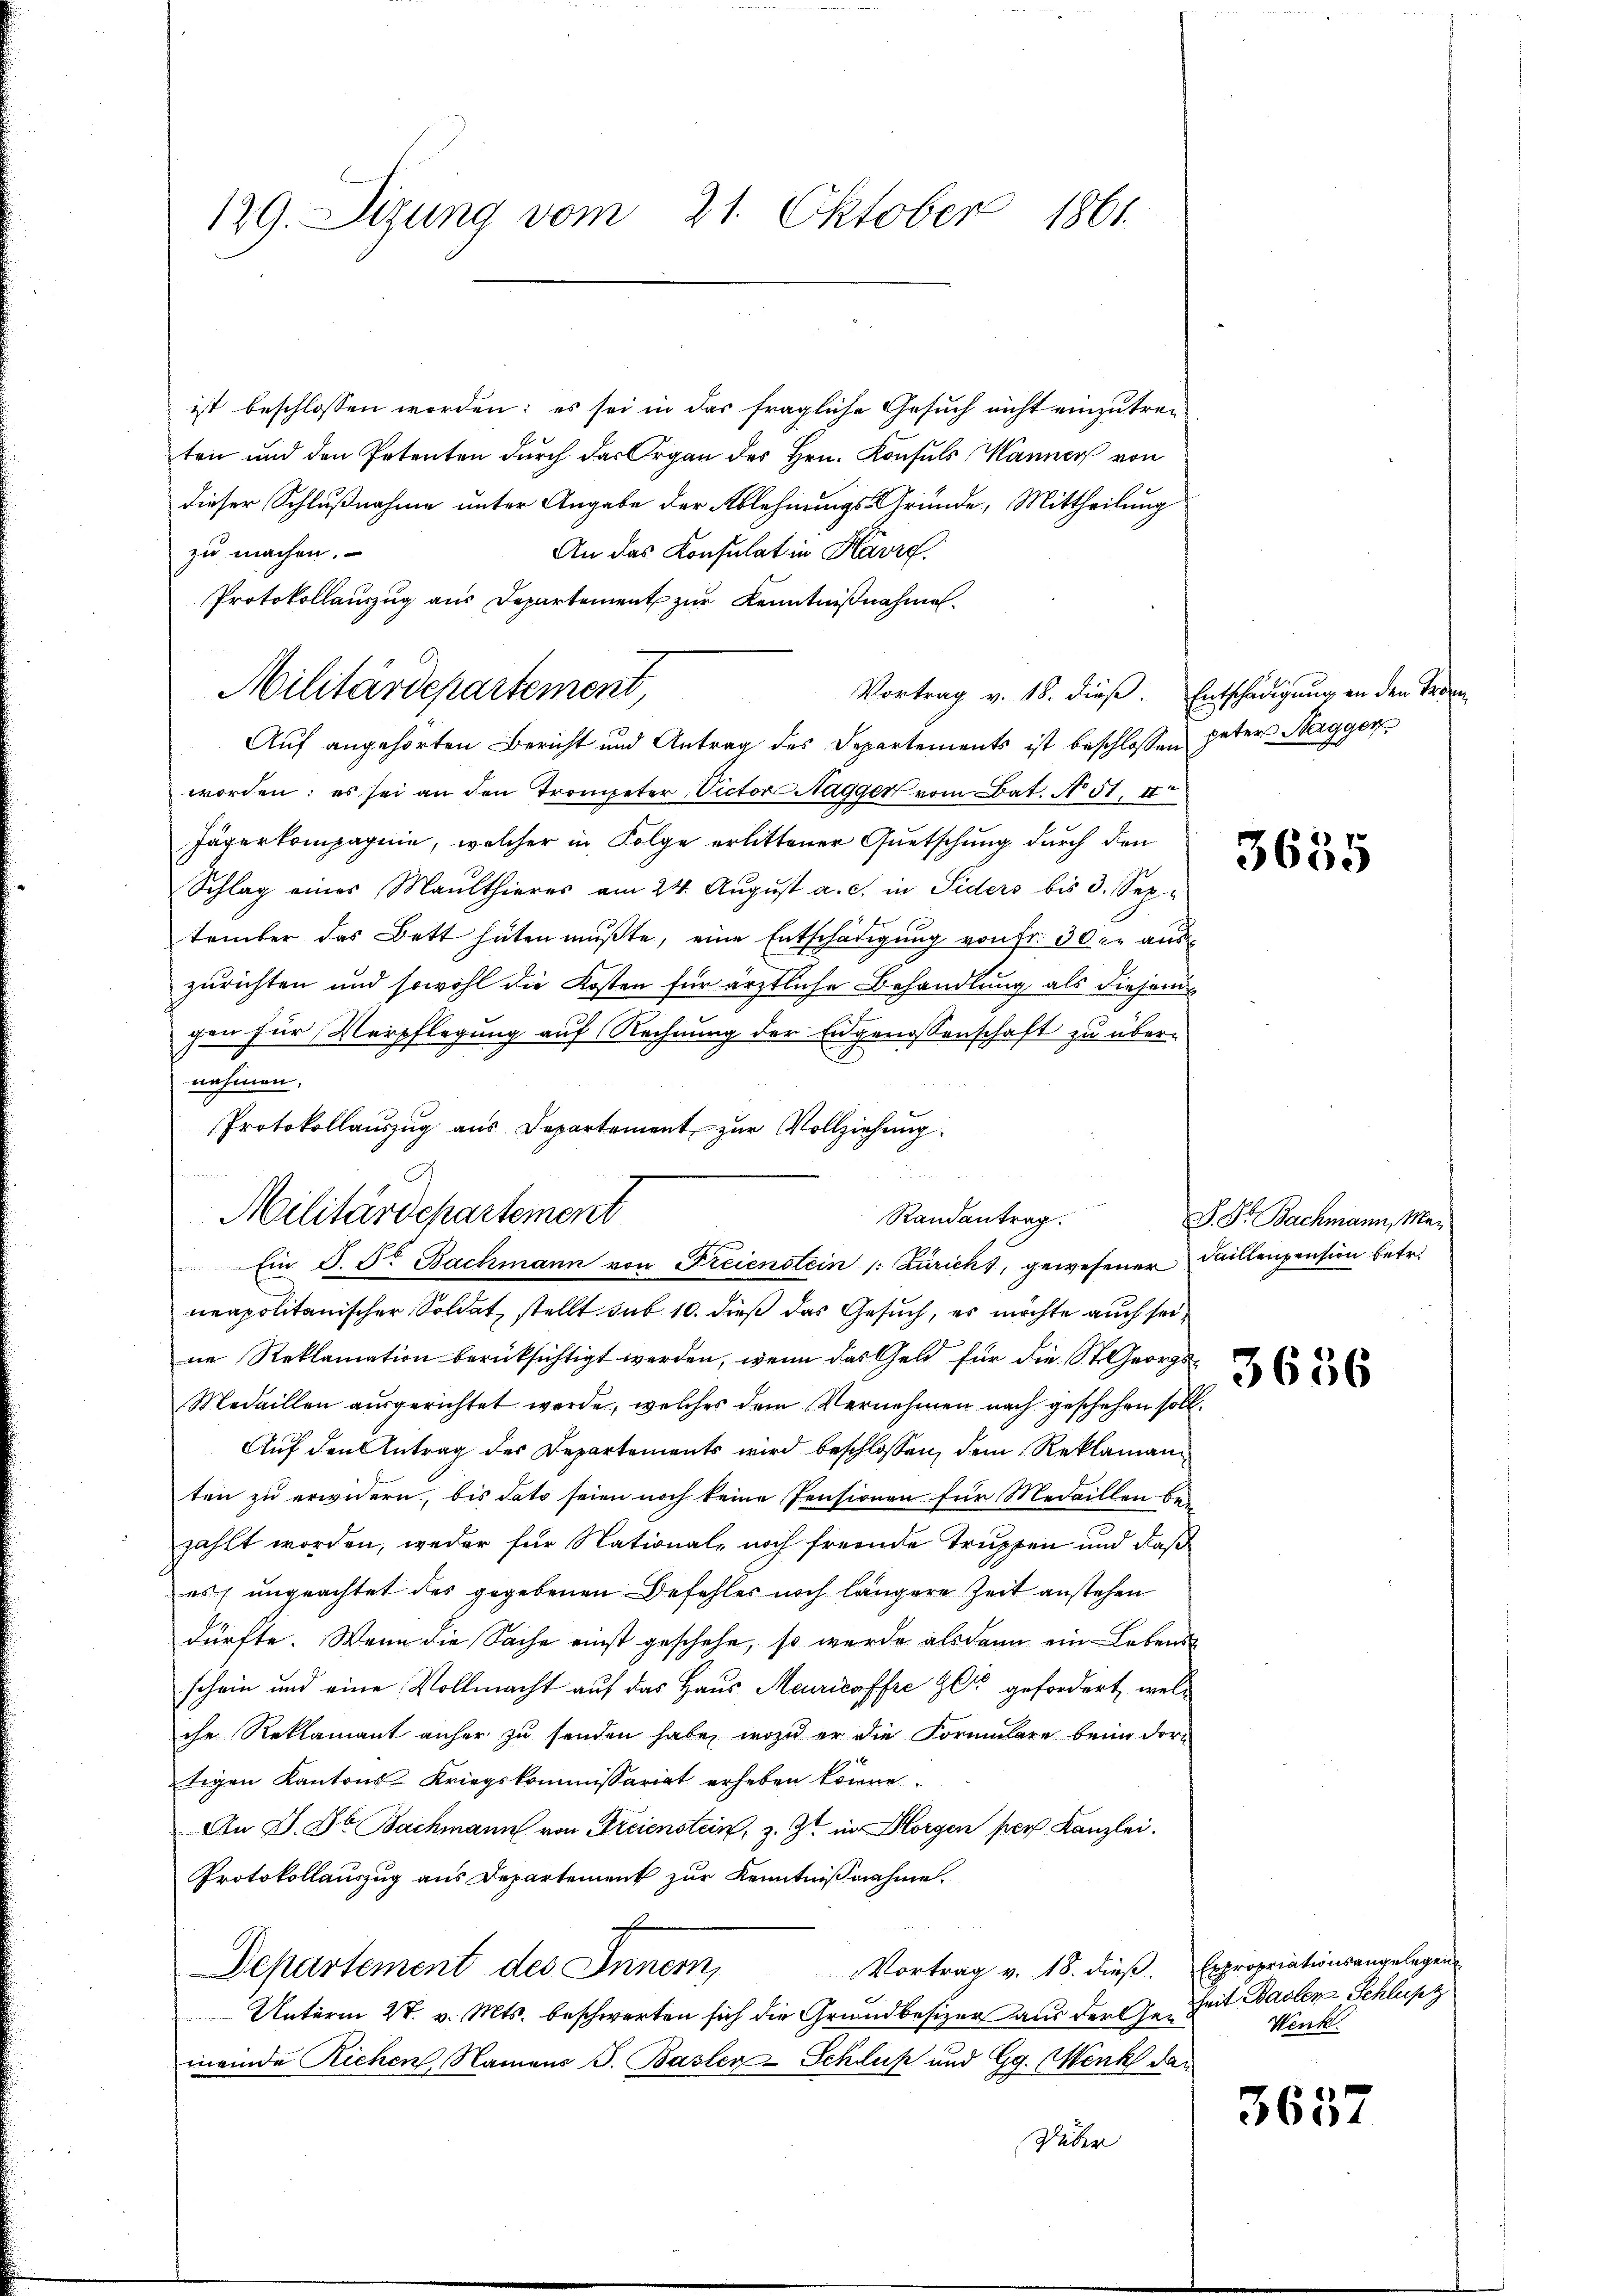
ist beschlossen worden; es sei in das fragliche Gesuch nicht einzutreiten und den Petenten durch der Organ des Hrn. Konsuls Wanner von
dieser Schlußnahme unter Angabe der Ablehnungs-Gründe, Mittheilung
zu machen.
An das Konsulat in Havrg.
Protokollauszug aus Departement zur Kenntnißnahme
Vortrag v. 18. dieß. Entschädigung an den Trenn
Auf angehörten Bericht und Antrag des Departements ist beschlossen pater Stegger,
worden; es sei an den Trompeter Victor Hagger vom Bat. No 51, II
Jägerkompagnie, welcher in Folge erlittener Quetschung durch den
Schlag eines Maulthieres am 24. Aŭgŭst a. c. in Siders bis 3. September das Bett hüten müßte, eine Entschädigung von fr. 30 xr auszurichten und sowohl die Kosten für ärztliche Behandlung als dieser
gen für Verpflegung auf Rechnung der Engenossenschaft zu übernehmen.
Protokollauszug aus Departement zur Vollziehung.
b
neapolitanischer Soldat, stellt sub 10. dieß das Gesuch, es möchte auch seine Reklamation berücksichtigt werden, wenn das Geld für die St. Georgs¬
Medaillen ausgerichtet werde, welches dem Vernehmen nach geschehen soll.
Auf den Antrag der Departements wird beschlossen, dem Reklamanten zu erwidern, bis dato seien noch keine Pensionen für Medaillen be-
zählt worden, weder für Nationale noch fremde Truppen und daß
es, ungeachtet des gegebenen Befehler noch längere Zeit anstehen
dürfte. Wenn die Sache einst geschehe, so wurde als dann ein Lebens
schein und eine Vollmacht auf das Haus Meuricoffre der gefordert, welche Reklamant anher zu senden habe, wozu er die Formulare beim dorn
tigen Kantons-Kriegskommissariat erheben könne.
An D. Jb. Bachmann von Freienstein, z. Zt. in Horgen per Kanzlei.
Protokollauszug aus Departement zur Kenntnißnahme.
Vortrag v. 18. dieß. Expropriationsangelegen
Departement des Innern,
Unterm 28. v. Mts. beschwerten sich die Grundbesizer aus der Gemeinde Richen, Namens J. Basler-Schluß und Gg. (Wenk dan
Düber

129. Sizung vom 21. Oktober 1861.

Militärdepartement,

Militärdepartement

Ein P. Dr Bachmann von Freienstein /: Zürich, gewesener Faillenpension betr.

Randantrag.

3635

S. Dr. Bachmann, Man
3636

Zeit Basler-Schlusz
Wenk.

3657